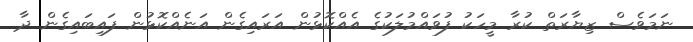
ނަމަވެސް ޒިޔާރަތް ކުރާ މީހަކު ފުވައްމުލަކުގެ އެއްކޮޅުން އަރައިގެން އަނެއްކޮޅުން ފައިބައިގެން ދާ